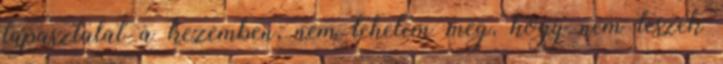
tapasztalat a kezemben, nem tehetem meg, hogy nem teszek